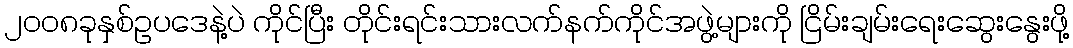
၂၀၀၈ခုနှစ်ဥပဒေနဲ့ပဲ ကိုင်ပြီး တိုင်းရင်းသားလက်နက်ကိုင်အဖွဲ့များကို ငြိမ်းချမ်းရေးဆွေးနွေးဖို့